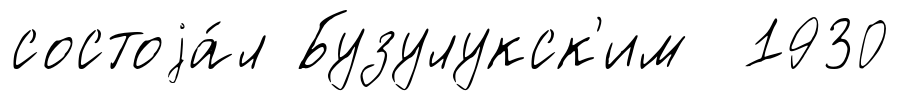
состоjа́л Бузулукск'им 1930